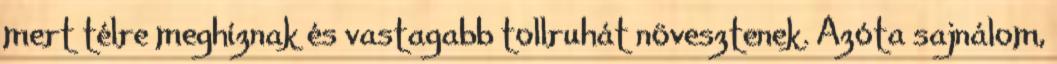
mert télre meghíznak és vastagabb tollruhát növesztenek. Azóta sajnálom,